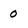
Character: 0